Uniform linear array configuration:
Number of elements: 32
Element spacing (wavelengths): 0.25
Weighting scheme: kaiser
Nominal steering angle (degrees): -60
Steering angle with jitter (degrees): -61.832
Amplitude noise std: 0.05
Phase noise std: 0.05

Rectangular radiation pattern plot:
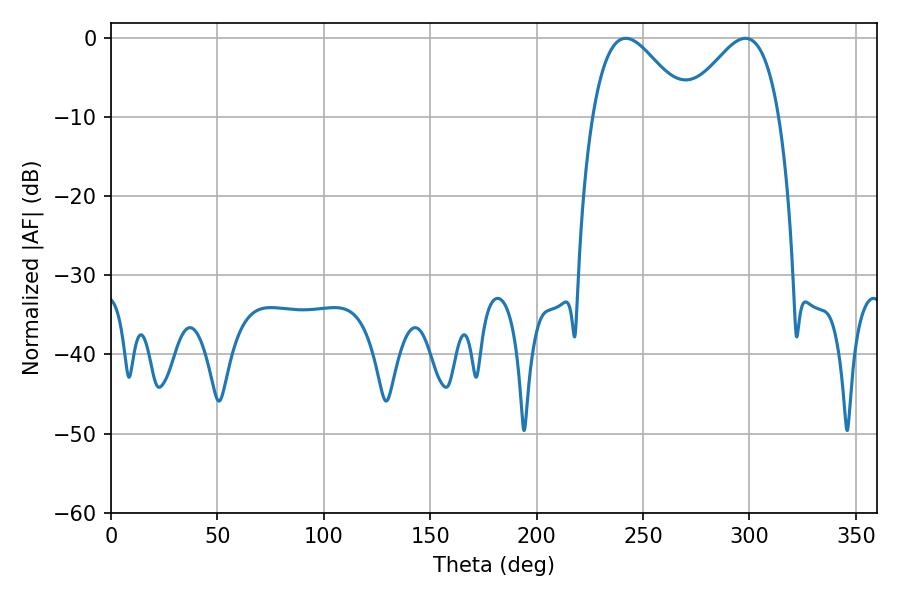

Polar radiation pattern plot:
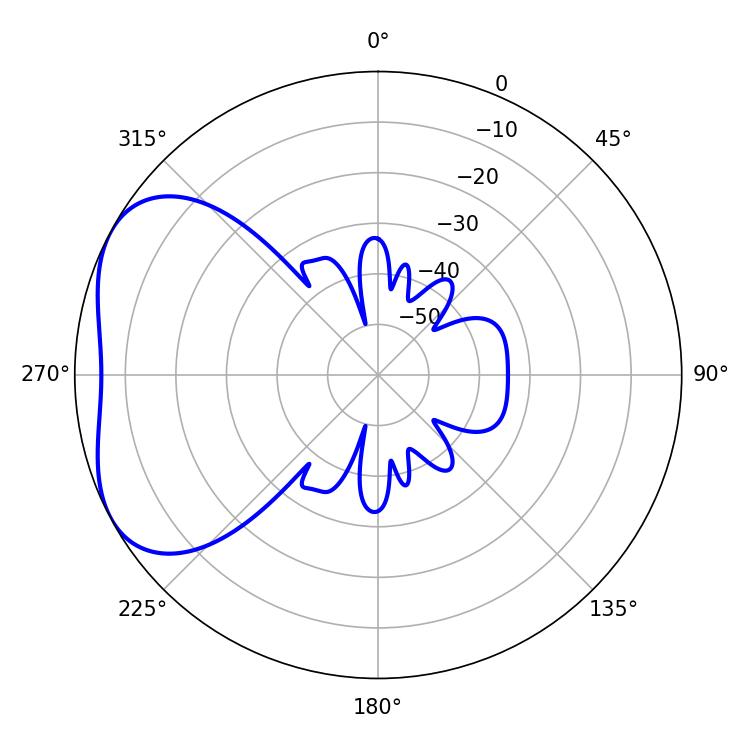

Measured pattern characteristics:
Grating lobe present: FALSE
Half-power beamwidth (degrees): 23.94
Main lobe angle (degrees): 298.08